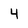
Character: 4